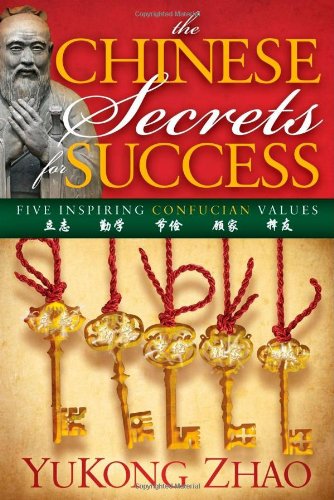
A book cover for The Chinese Secrets for Success; YuKong Zhao; Religion & Spirituality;